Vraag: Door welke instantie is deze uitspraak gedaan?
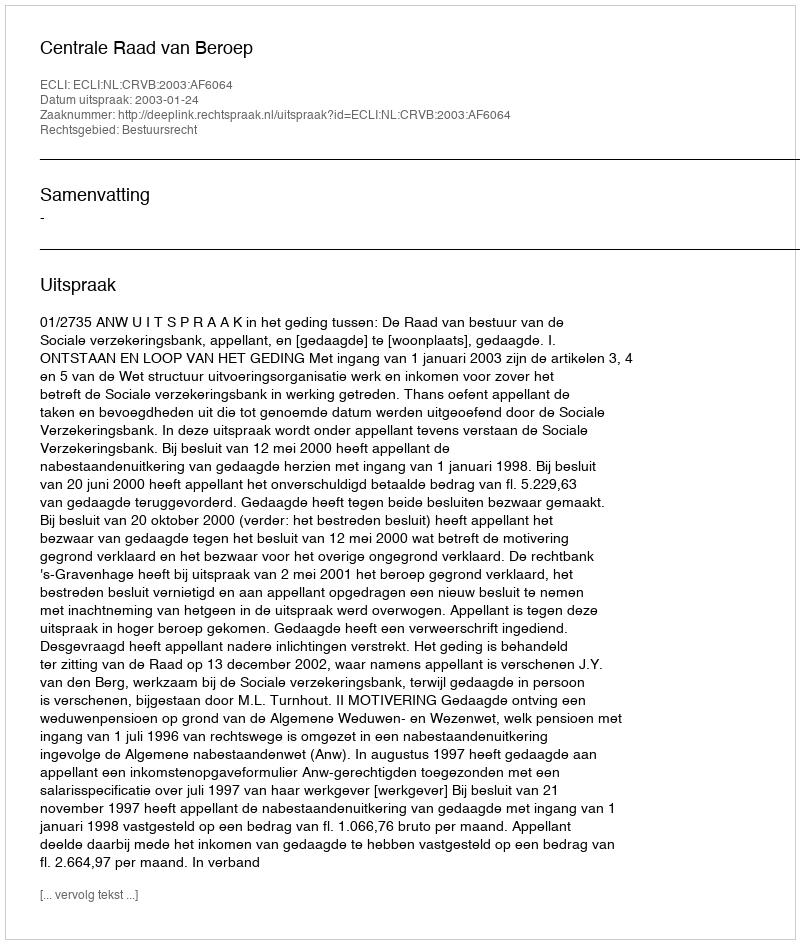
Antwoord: Centrale Raad van Beroep